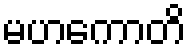
မဟကောတိ